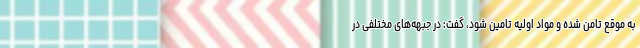
به موقع تامن شده و مواد اولیه تامین شود، گفت: در جبهه‌های مختلفی در